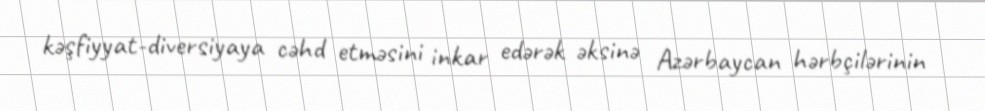
kəşfiyyat-diversiyaya cəhd etməsini inkar edərək əksinə Azərbaycan hərbçilərinin